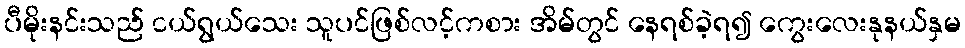
ပီမိုးနင်းသည် ငယ်ရွယ်သေး သူပင်ဖြစ်လင့်ကစား အိမ်တွင် နေရစ်ခဲ့ရ၍ ကွေးလေးနုနယ်နှမ